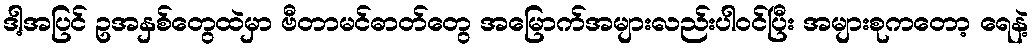
ဒါ့အပြင် ဥအနှစ်တွေထဲမှာ ဗီတာမင်ဓာတ်တွေ အမြောက်အများလည်းပါဝင်ပြီး အများစုကတော့ ရေနဲ့